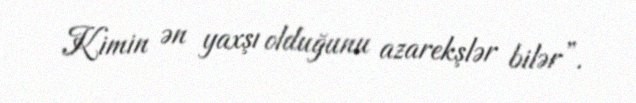
Kimin ən yaxşı olduğunu azarekşlər bilər”.